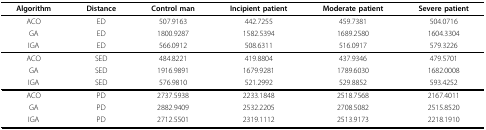
<table><thead><tr><td><b>Algorithm</b></td><td><b>Distance</b></td><td><b>Control man</b></td><td><b>Incipient patient</b></td><td><b>Moderate patient</b></td><td><b>Severe patient</b></td></tr></thead><tbody><tr><td>ACO</td><td>ED</td><td>507.9163</td><td>442.7255</td><td>459.7381</td><td>504.0716</td></tr><tr><td>GA</td><td>ED</td><td>1800.9287</td><td>1582.5394</td><td>1689.2580</td><td>1604.3304</td></tr><tr><td>IGA</td><td>ED</td><td>566.0912</td><td>508.6311</td><td>516.0917</td><td>579.3226</td></tr><tr><td>ACO</td><td>SED</td><td>484.8221</td><td>419.8804</td><td>437.9346</td><td>479.5701</td></tr><tr><td>GA</td><td>SED</td><td>1916.9891</td><td>1679.9281</td><td>1789.6030</td><td>1682.0008</td></tr><tr><td>IGA</td><td>SED</td><td>576.9810</td><td>521.2992</td><td>529.8852</td><td>593.4252</td></tr><tr><td>ACO</td><td>PD</td><td>2737.5938</td><td>2233.1848</td><td>2518.7568</td><td>2167.4011</td></tr><tr><td>GA</td><td>PD</td><td>2882.9409</td><td>2532.2205</td><td>2708.5082</td><td>2515.8520</td></tr><tr><td>IGA</td><td>PD</td><td>2712.5501</td><td>2319.1112</td><td>2513.9173</td><td>2218.1910</td></tr></tbody></table>